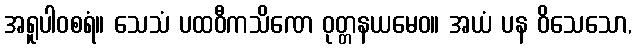
အရူပါဝစရံ။ သေသံ ပထဝီကသိဏေ ဝုတ္တနယမေဝ။ အယံ ပန ဝိသေသော,